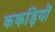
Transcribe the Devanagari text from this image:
ककड़ियों